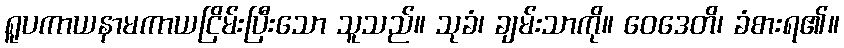
ရူပကာယနာမကာယငြိမ်းပြီးသော သူသည်။ သုခံ၊ ချမ်းသာကို။ ဝေဒေတိ၊ ခံစားရ၏။